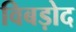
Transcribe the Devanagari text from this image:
विबड़ोद